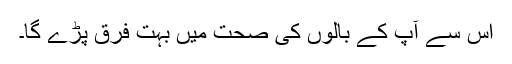
اس سے آپ کے بالوں کی صحت میں بہت فرق پڑے گا۔